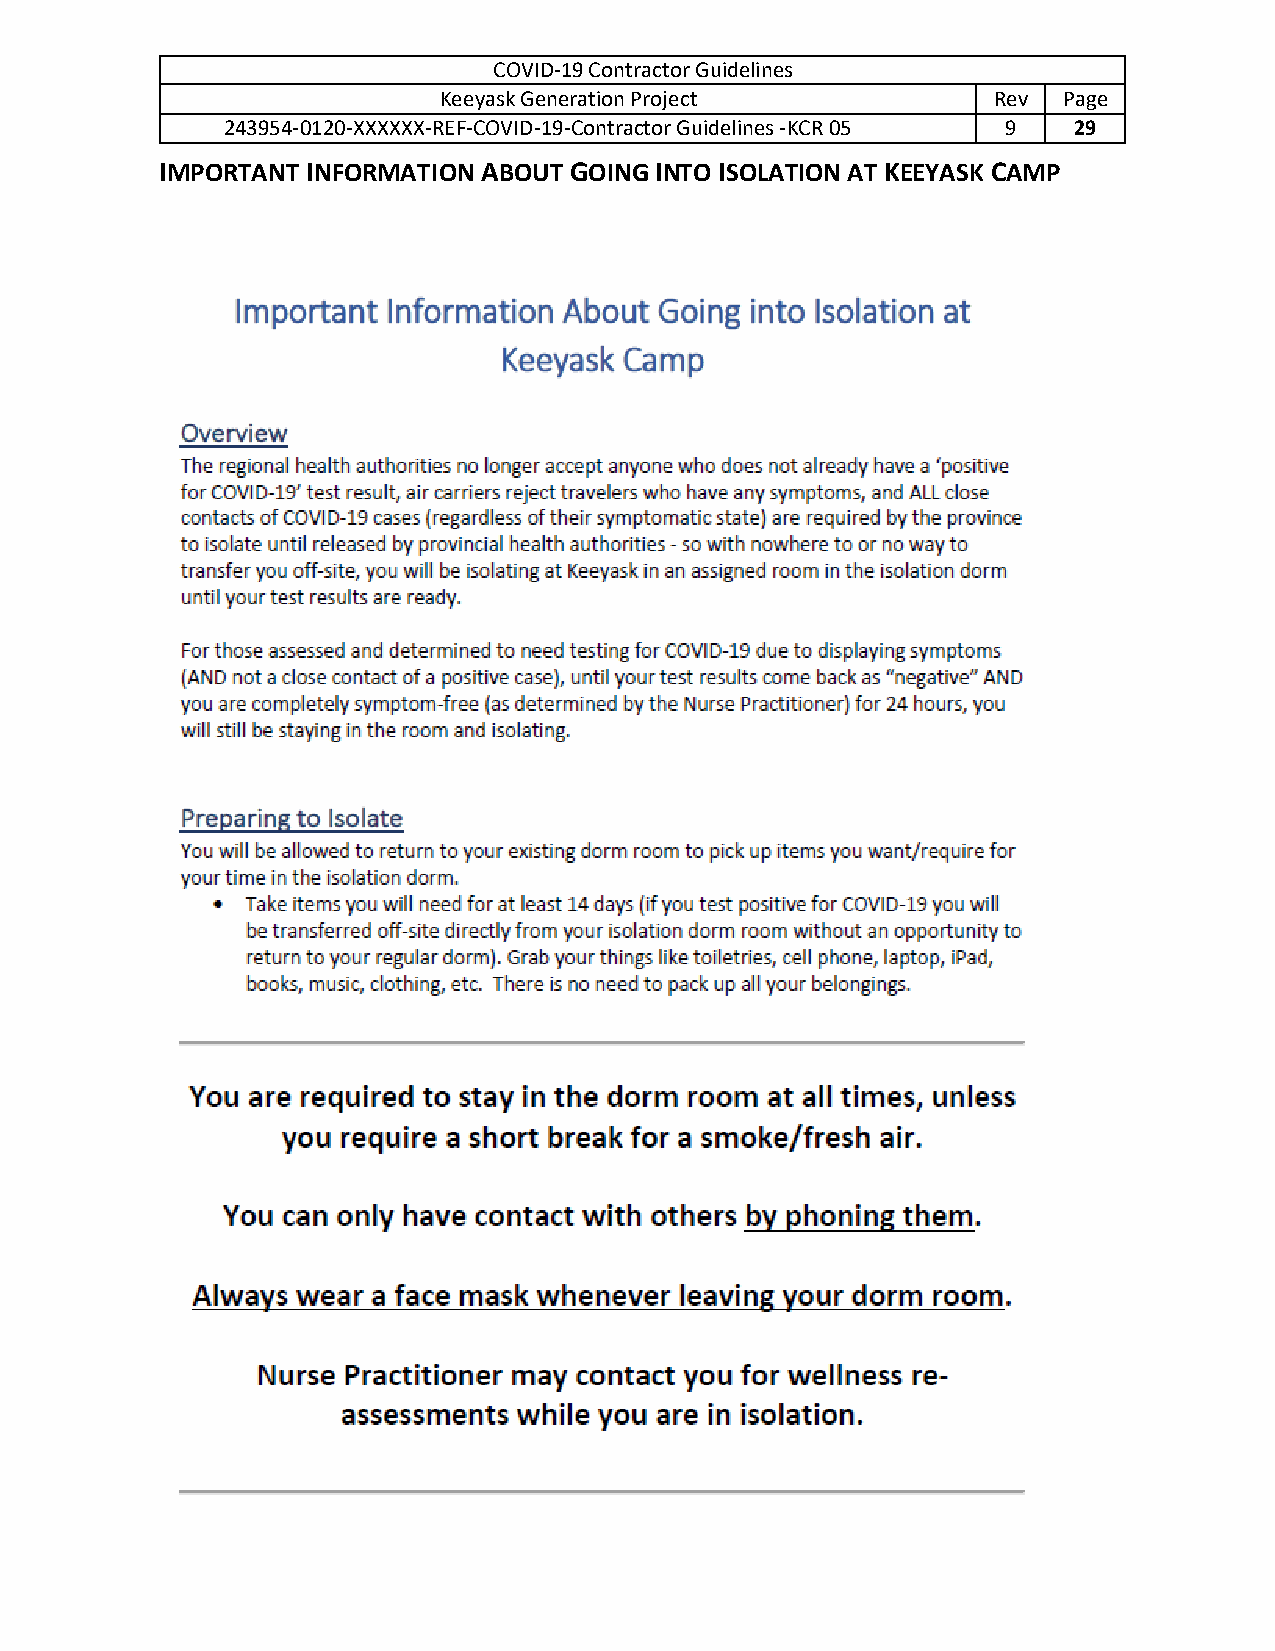
COVID-19 Contractor Guidelines
 Keeyask Generation Project           Rev Page
 243954-0120-XXXXXX-REF-COVID-19-Contractor Guidelines -KCR 05 9 29
 IMPORTANT INFORMATION ABOUT GOING INTO ISOLATION AT KEEYASK CAMP